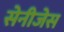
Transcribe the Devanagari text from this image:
सेनीजेस